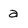
Character: a